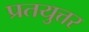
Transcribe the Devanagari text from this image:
प्रतयुत्तर